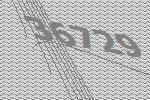
36729